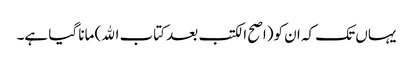
یہاں تک کہ ان کو(اصح الکتب بعد کتاب الله) مانا گیا ہے۔